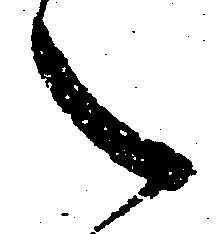
之